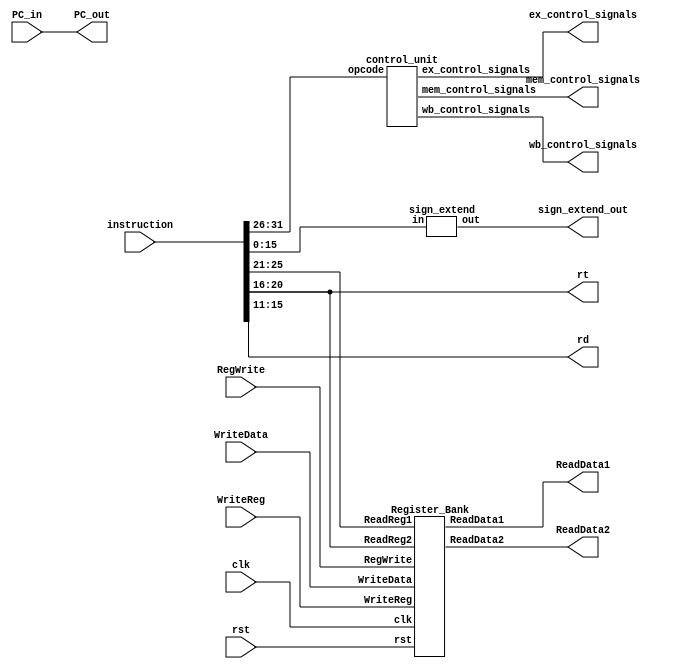
// Code your design here

module decode_unit (ex_control_signals, mem_control_signals, wb_control_signals, PC_out, ReadData1, ReadData2, sign_extend_out, rt, rd, instruction, PC_in, WriteReg, WriteData, RegWrite, clk, rst);
  parameter word_size = 32;
  parameter reg_size = 5;
  parameter opcode_size = 6;
  
  // output declaration
  output [3:0] ex_control_signals;
  output [2:0] mem_control_signals;
  output [1:0] wb_control_signals;
  output [word_size-1: 0] PC_out, ReadData1, ReadData2, sign_extend_out;
  output [reg_size-1:0] rt, rd;
  
  // inputs declaration
  input [word_size-1: 0] PC_in, instruction, WriteData;
  input RegWrite, clk, rst;
  input [reg_size-1:0] WriteReg;
  
  // temp variables
  wire [opcode_size-1:0] opcode;
  wire [reg_size-1:0] rs, rt, rd;
  wire [15:0] address;
  
  // assign outputs or temp variables
  assign rs = instruction[25:21];
  assign rt = instruction[20:16];
  assign rd = instruction[15:11];
  assign PC_out = PC_in;
  assign opcode = instruction[31:26];
  assign address = instruction[15:0];
  
  // instantiate modules
  control_unit C (ex_control_signals, mem_control_signals, wb_control_signals, opcode);
  Register_Bank regs (ReadData1, ReadData2, rs, rt, WriteReg, WriteData, RegWrite, clk, rst);
  sign_extend S (.out(sign_extend_out), .in(address));
	
endmodule


module control_unit (ex_control_signals, mem_control_signals, wb_control_signals, opcode);
  parameter opcode_size = 6;
  
  input [opcode_size-1:0] opcode;
  output [3:0] ex_control_signals;
  output [2:0] mem_control_signals;
  output [1:0] wb_control_signals;
  
  wire RegDst, ALUSrc, MemtoReg, RegWrite, MemRead, MemWrite, Branch, ALUOp1, ALUOp0;
  wire Rformat, lw, sw, beq;
  wire op2_neg, op3_neg, op4_neg;

  assign op2_neg = ~opcode[2];
  assign op3_neg = ~opcode[3];
  assign op4_neg = ~opcode[4];

  nor a1 (Rformat, opcode[0], opcode[1], opcode[2], opcode[3], opcode[4], opcode[5]);
  and a2 (lw, opcode[0], opcode[1], op2_neg, op3_neg, op4_neg, opcode[5]);
  and a3 (sw, opcode[0], opcode[1], op2_neg, opcode[3], op4_neg, opcode[5]);
  nor a4 (beq, opcode[0], opcode[1], op2_neg, opcode[3], opcode[4], opcode[5]);

  
  assign RegDst = Rformat;
  assign ALUSrc = (lw | sw);
  assign MemtoReg = lw;
  assign RegWrite = (Rformat | lw);
  assign MemRead = lw;
  assign MemWrite = sw;
  assign Branch = beq;
  assign ALUOp1 = Rformat;
  assign ALUOp0 = beq;
  
  assign ex_control_signals = {RegDst, ALUSrc, ALUOp1, ALUOp0};
  assign mem_control_signals = {MemRead, MemWrite, Branch};
  assign wb_control_signals = {RegWrite, MemtoReg};
endmodule


module Register_Bank (ReadData1, ReadData2, ReadReg1, ReadReg2, WriteReg, WriteData, RegWrite, clk, rst);
  parameter word_size = 32;
  parameter reg_size = 5;
  parameter RegTotal = 32;
  
  input [reg_size-1: 0] ReadReg1, ReadReg2, WriteReg;
  input [word_size-1: 0] WriteData;
  input RegWrite, clk, rst;
  output reg [word_size-1: 0] ReadData1, ReadData2;
  
  reg [RegTotal-1:0] LoadRegVector;
  wire [word_size-1: 0] RegDataOut [RegTotal-1: 0];
  
  genvar i;
  
  generate
    for (i = 0; i < RegTotal; i = i + 1) begin
      Register_Unit regs (.data_out(RegDataOut[i]), .data_in(WriteData), .load(LoadRegVector[i]), .clk(clk), .rst(rst));
    end
  endgenerate
  
  always @(*) begin 
    ReadData1 = RegDataOut[ReadReg1];
    ReadData2 = RegDataOut[ReadReg2];
  
    if (RegWrite) LoadRegVector = (1 << WriteReg);   //load signal to the register
    else LoadRegVector = 0;
  end
  
  initial begin
    LoadRegVector = 0;
  end
  
endmodule


module sign_extend (out, in);
  parameter word_size = 32;
  
  input [(word_size/2)-1: 0] in;
  output wire [word_size-1: 0] out;
  
  assign out[(word_size/2)-1: 0] = in;
  assign out[word_size-1: word_size/2] = {(word_size/2){in[(word_size/2)-1]}};
  
endmodule


module Register_Unit (data_out, data_in, load, clk, rst);
  parameter word_size = 32;
  
  output [word_size-1: 0] data_out;
  input [word_size-1: 0] data_in;
  input load;
  input clk, rst;
  reg [word_size-1: 0] data_out;

  always @ (posedge clk or negedge rst) begin
    if (rst == 0) data_out <= 0; 
  	else if (load) data_out <= data_in;
  end
endmodule